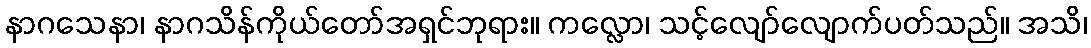
နာဂသေနာ၊ နာဂသိန်ကိုယ်တော်အရှင်ဘုရား။ ကလ္လော၊ သင့်လျော်လျောက်ပတ်သည်။ အသိ၊